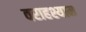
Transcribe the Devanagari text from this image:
वराहश्याम